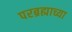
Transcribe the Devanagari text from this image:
परब्रह्माच्या